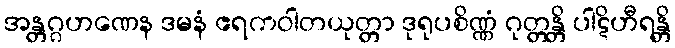
အန္တဂ္ဂဟဏေန ဒမနံ ဧရကဝါတယုတ္တာ ဒုရုပစိဏ္ဏံ ဂုတ္တန္တိ ပါဋိဟီရန္တိ